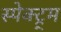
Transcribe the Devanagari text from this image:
स्पेक्ट्र्म